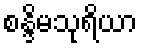
စန္ဒိမသုရိယာ